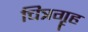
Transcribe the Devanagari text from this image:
चित्रगॄह